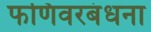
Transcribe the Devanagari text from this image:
फणिवरबंधना